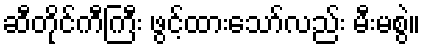
ဆီတိုင်ကီကြီး ဖွင့်ထားသော်လည်း မီးမစွဲ။